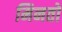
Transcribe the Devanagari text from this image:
मिनतो